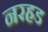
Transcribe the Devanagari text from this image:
नरहड